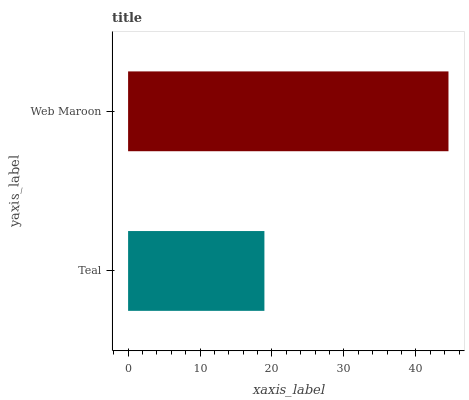
| yaxis_label | bars |
 | --- | --- |
 | Teal | 18.9 |
 | Web Maroon | 44.5 |